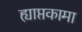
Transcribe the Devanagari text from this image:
ह्याप्तकामा